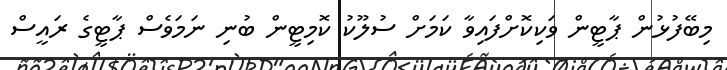
މިބޭފުޅުން ޕާޓީން ވަކިކޮށްފައިވާ ކަމަށް ސުލޫކު ކޮމިޓީން ބުނި ނަމަވެސް ޕާޓީގެ ރައީސް